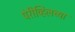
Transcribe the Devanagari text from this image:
पेरीव्हिलच्या